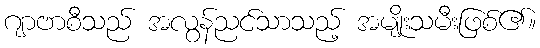
ဂျာဗာစီသည် အလွန်ညင်သာသည့် အမျိုးသမီးဖြစ်၏။